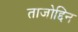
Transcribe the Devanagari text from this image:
ताजोद्दिन